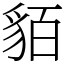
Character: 貊